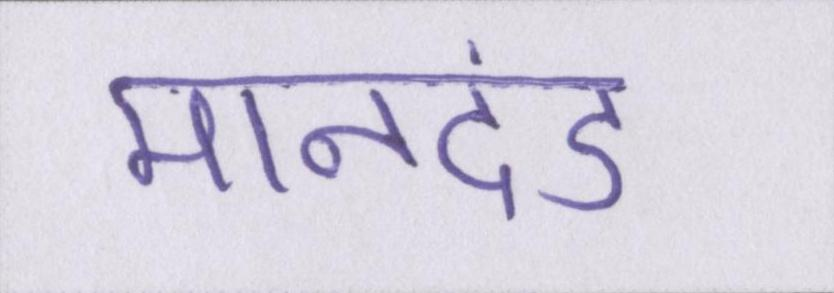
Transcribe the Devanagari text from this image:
मानदंड